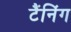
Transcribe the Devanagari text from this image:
टैंनिंग